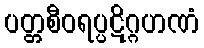
ပတ္တစီဝရပ္ပဋိဂ္ဂဟဏံ